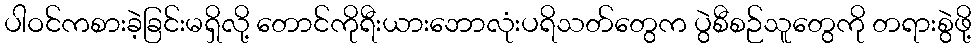
ပါဝင်ကစားခဲ့ခြင်းမရှိလို့ တောင်ကိုရီးယားဘောလုံးပရိသတ်တွေက ပွဲစီစဉ်သူတွေကို တရားစွဲဖို့